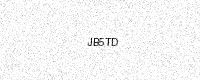
Text: JB5TD